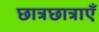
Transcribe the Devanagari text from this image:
छात्रछात्राएँ